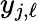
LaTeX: y_{j,\ell}